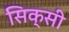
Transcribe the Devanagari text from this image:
सिक्सी